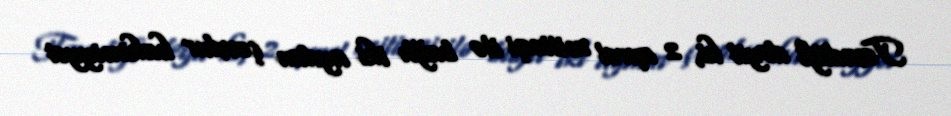
Təsadüfi deyil ki, 2 aprel mitinqi ilə bağlı iki aydan çoxdur hakimiyyət